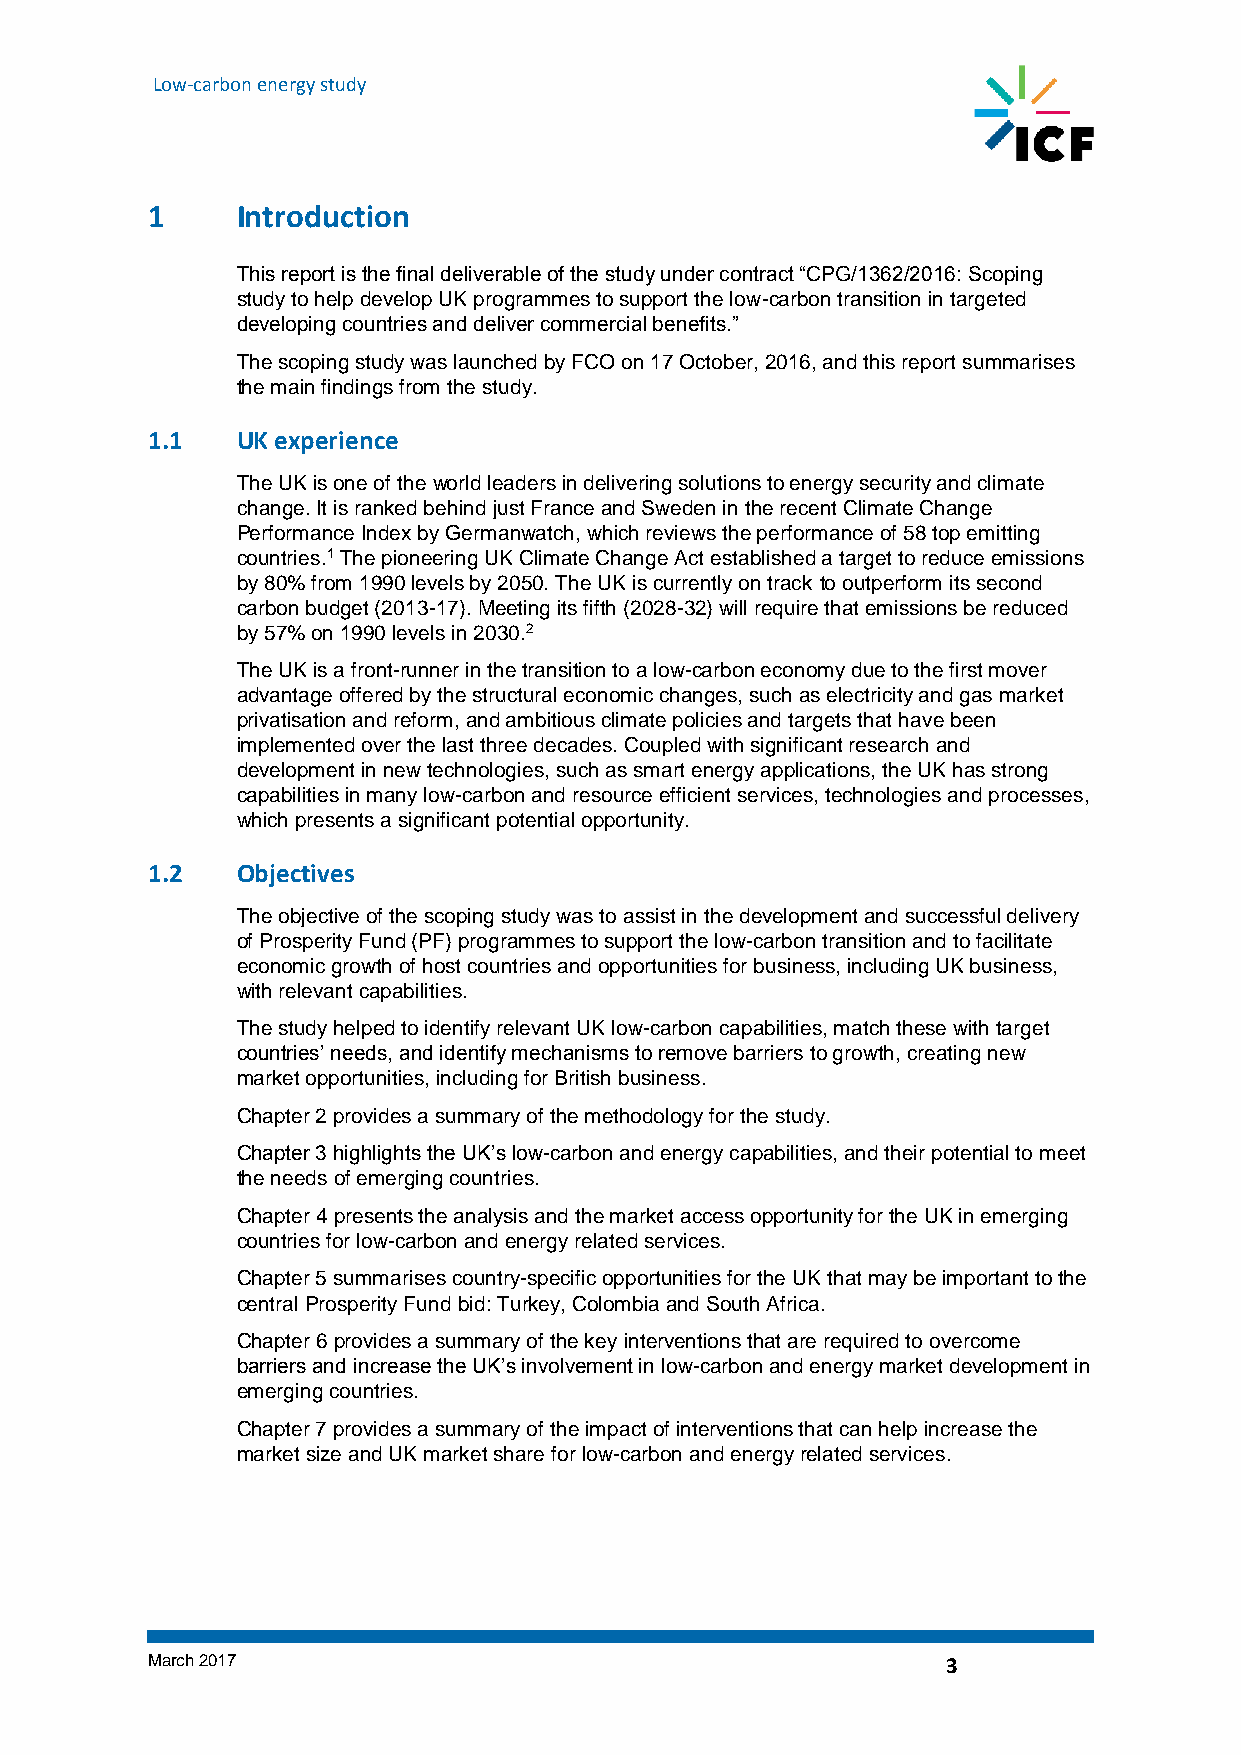
Low-carbon energy study
 1     Introduction
 This report is the final deliverable of the study under contract “CPG/1362/2016: Scoping
 study to help develop UK programmes to support the low-carbon transition in targeted
 developing countries and deliver commercial benefits.”
 The scoping study was launched by FCO on 17 October, 2016, and this report summarises
 the main findings from the study.
 1.1   UK experience
 The UK is one of the world leaders in delivering solutions to energy security and climate
 change. It is ranked behind just France and Sweden in the recent Climate Change
 Performance Index by Germanwatch, which reviews the performance of 58 top emitting
 countries.1 The pioneering UK Climate Change Act established a target to reduce emissions
 by 80% from 1990 levels by 2050. The UK is currently on track to outperform its second
 carbon budget (2013-17). Meeting its fifth (2028-32) will require that emissions be reduced
 by 57% on 1990 levels in 2030.2
 The UK is a front-runner in the transition to a low-carbon economy due to the first mover
 advantage offered by the structural economic changes, such as electricity and gas market
 privatisation and reform, and ambitious climate policies and targets that have been
 implemented over the last three decades. Coupled with significant research and
 development in new technologies, such as smart energy applications, the UK has strong
 capabilities in many low-carbon and resource efficient services, technologies and processes,
 which presents a significant potential opportunity.
 1.2   Objectives
 The objective of the scoping study was to assist in the development and successful delivery
 of Prosperity Fund (PF) programmes to support the low-carbon transition and to facilitate
 economic growth of host countries and opportunities for business, including UK business,
 with relevant capabilities.
 The study helped to identify relevant UK low-carbon capabilities, match these with target
 countries’ needs, and identify mechanisms to remove barriers to growth, creating new
 market opportunities, including for British business.
 Chapter 2 provides a summary of the methodology for the study.
 Chapter 3 highlights the UK’s low-carbon and energy capabilities, and their potential to meet
 the needs of emerging countries.
 Chapter 4 presents the analysis and the market access opportunity for the UK in emerging
 countries for low-carbon and energy related services.
 Chapter 5 summarises country-specific opportunities for the UK that may be important to the
 central Prosperity Fund bid: Turkey, Colombia and South Africa.
 Chapter 6 provides a summary of the key interventions that are required to overcome
 barriers and increase the UK’s involvement in low-carbon and energy market development in
 emerging countries.
 Chapter 7 provides a summary of the impact of interventions that can help increase the
 market size and UK market share for low-carbon and energy related services.
 March 2017                                           3